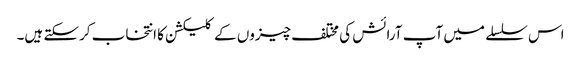
اس سلسلے میں آپ آرائش کی مختلف چیزوں کے کلیکشن کا انتخاب کرسکتے ہیں۔